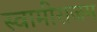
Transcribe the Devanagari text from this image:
स्वामीराजम